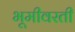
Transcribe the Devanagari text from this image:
भूमीवरती